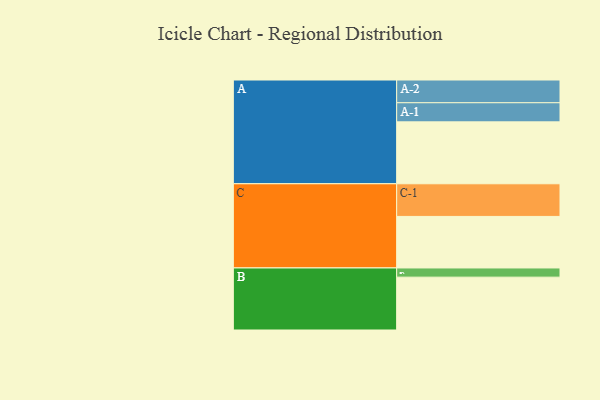
{"axis": {"x": "Segment", "y": "Value"}, "legend": ["", "A", "B", "C"], "data": [{"x": "A", "y": 512, "type": ""}, {"x": "B", "y": 437, "type": ""}, {"x": "C", "y": 426, "type": ""}, {"x": "A-1", "y": 158, "type": "A"}, {"x": "A-2", "y": 188, "type": "A"}, {"x": "B-1", "y": 76, "type": "B"}, {"x": "C-1", "y": 270, "type": "C"}]}